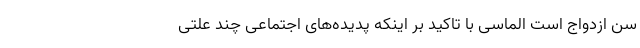
سن ازدواج است الماسی با تاکید بر اینکه پدیده‌های اجتماعی چند علتی